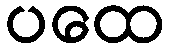
ပထေ